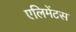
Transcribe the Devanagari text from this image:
एलिमेंटस